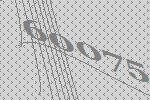
60075